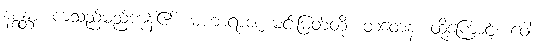
နစ္စန္တာ၊ ကသည်မည်ကုန်၏။ မဟာရာဇ၊ မင်းမြတ်တို့။ တံတေန၊ ထို့ကြောင့်။ ဝေါ၊